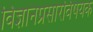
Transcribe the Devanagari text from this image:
विज्ञानप्रसारविषयक